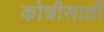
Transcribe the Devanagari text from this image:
कोचीसाठी